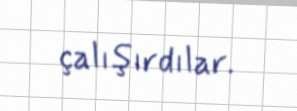
çalışırdılar.